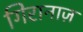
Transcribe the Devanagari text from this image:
गिरानाज़